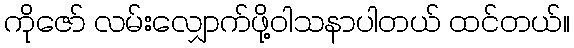
ကိုဇော် လမ်းလျှောက်ဖို့ဝါသနာပါတယ် ထင်တယ်။